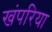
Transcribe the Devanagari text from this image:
खंपरिया